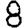
Digit: 8